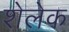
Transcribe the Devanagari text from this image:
शेलेक